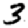
Digit: 3